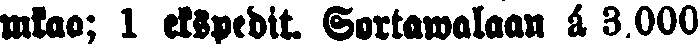
mkao; 1 ekspedit. Sortawalaan á 3.000